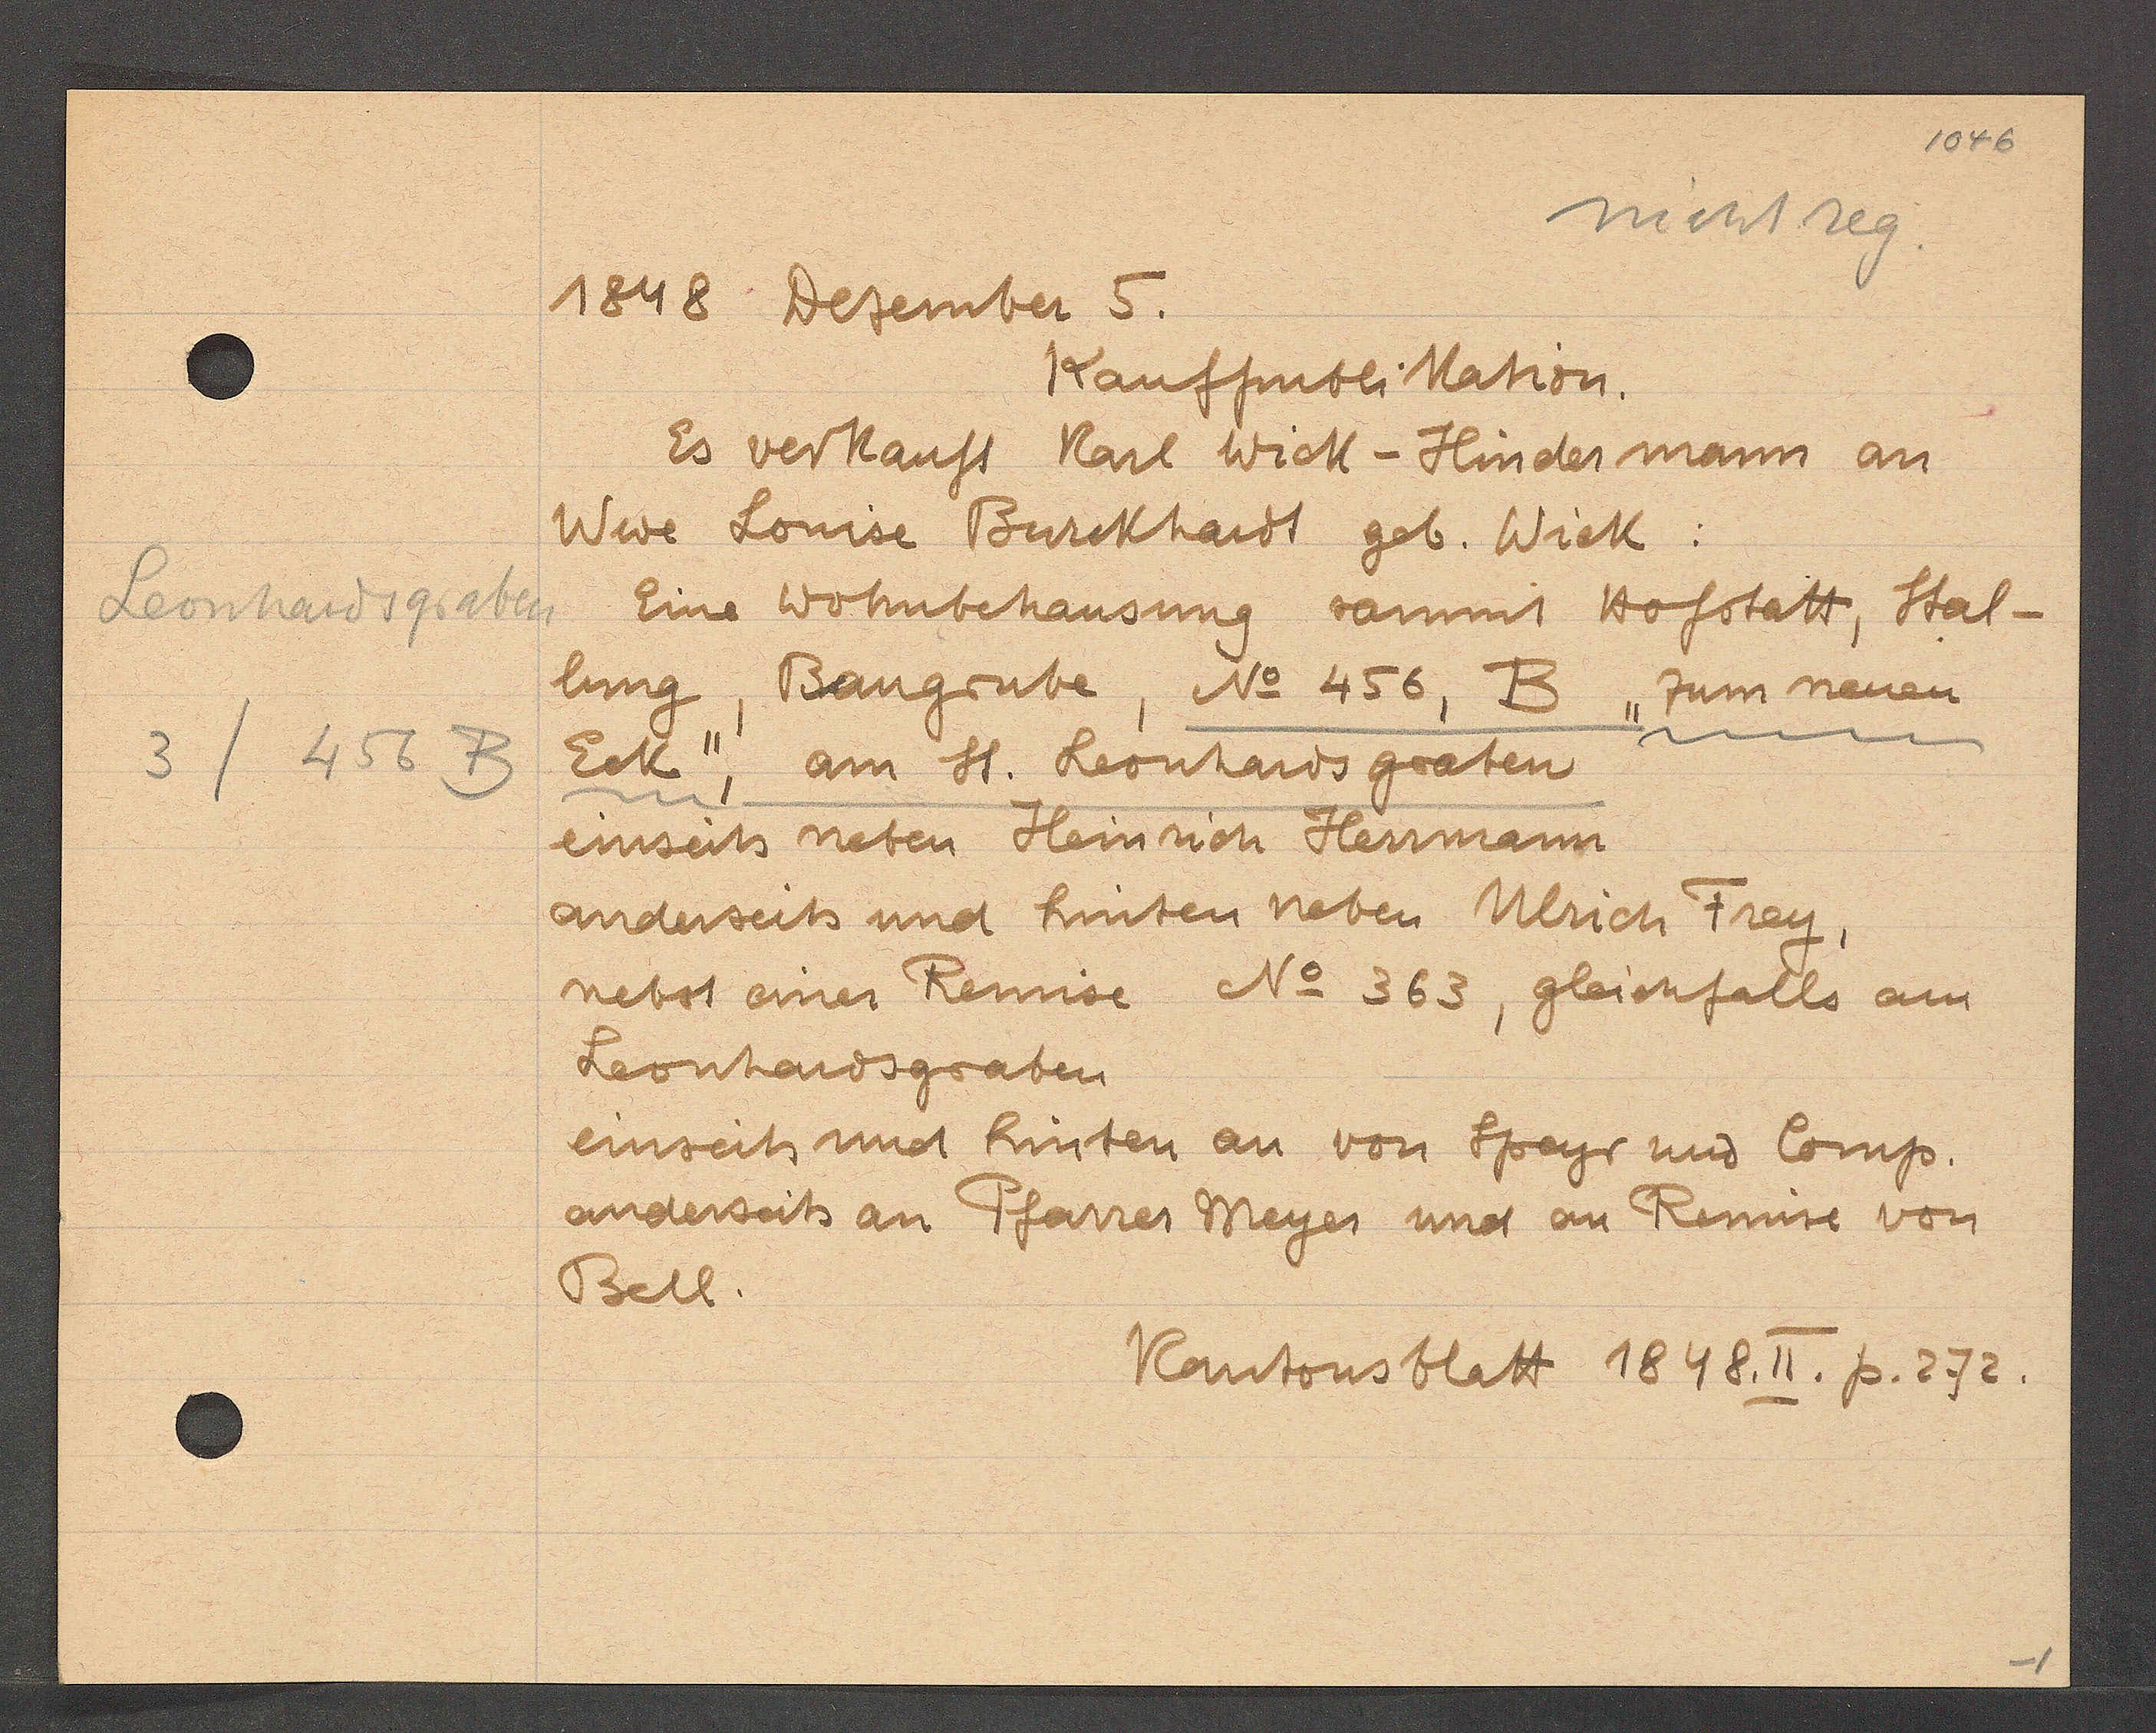
Transcript:
Leonhardtgraben
3 /456 B

1848 Dezember 5.

Kaufpublikation.
Es verkauft Karl Wick- Hinder mann an
Wwe Louise Burckhardt geb. Wick:
Eine Wohnbehausung samt Hofstatt, Stal¬
lung, Baugrube, No 456, B "zum neuen
Eck", am St. Leonhardsgraben
einseits neben Heinrich Hermann
anderseits und hinten neben Ulrich Frey,
nebst einer Remise No 363, gleichfalls am
Leonhardsgraben
einseits und hinten an von Speyr und Comp.
anderseits an Pfarrer Meyer und an Remise von
Bell.

Kantonsblatt 1848. II. p. 272.